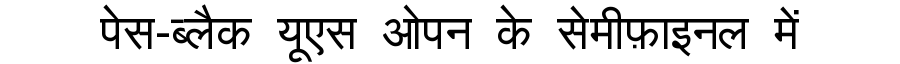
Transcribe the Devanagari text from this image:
पेस-ब्लैक यूएस ओपन के सेमीफ़ाइनल में